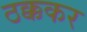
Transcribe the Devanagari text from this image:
ठक्ककर